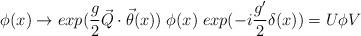
LaTeX: \begin{align*}\phi(x) \rightarrow exp(\frac{g}{2} \vec{Q} \cdot \vec{\theta}(x)) \;\phi(x) \; exp(-i\frac{g'}{2} \delta(x)) = U \phi V\end{align*}